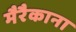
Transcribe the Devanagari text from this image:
मैरैकाना